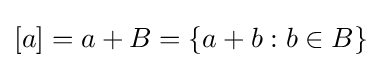
[a]=a+B=\{a+b:b\in B\}